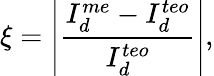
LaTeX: \xi=\left|\frac{I_{d}^{me}-I_{d}^{teo}}{I_{d}^{teo}}\right|,